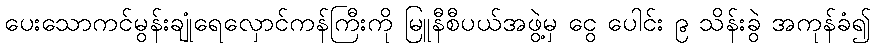
ပေးသောကင်မွန်းချုံရေလှောင်ကန်ကြီးကို မြူနီစီပယ်အဖွဲ့မှ ငွေ ပေါင်း ၉ သိန်းခွဲ အကုန်ခံ၍